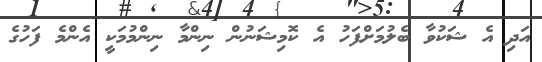
އަދި އެ ޝަކުވާ ބެލުމަށްފަހު އެ ކޮމިޝަނުން ނިންމާ ނިންމުމަކީ އެންމެ ފަހުގެ